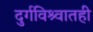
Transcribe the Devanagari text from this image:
दुर्गविश्र्वातही